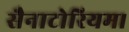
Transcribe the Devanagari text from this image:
सैनाटोरियम।